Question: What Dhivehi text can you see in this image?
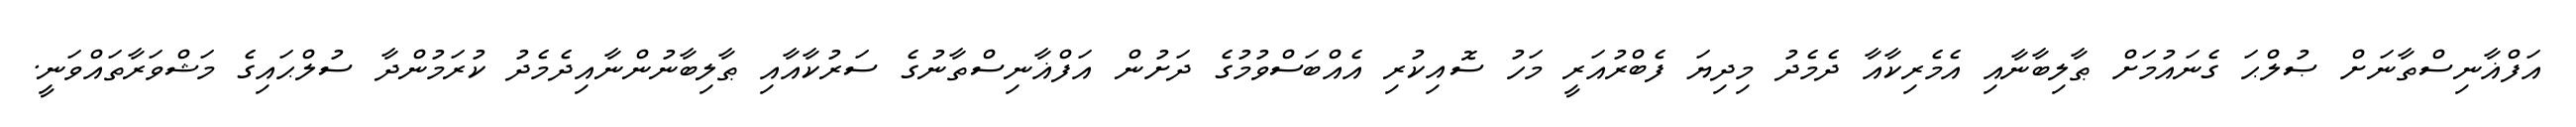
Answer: އަފްޣާނިސްތާނަށް ޞުލްޙަ ގެނައުމަށް ޠާލިބާނާއި އެމެރިކާއާ ދެމެދު މިދިޔަ ފެބްރުއަރީ މަހު ސޮއިކުރި އެއްބަސްވުމުގެ ދަށުން އަފްޣާނިސްތާނުގެ ސަރުކާއާއި ޠާލިބާނުންނާއިދެމެދު ކުރަމުންދާ ސުލްޙައިގެ މަޝްވަރާތައްވަނީ.